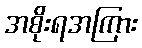
အစိုးရအကြား